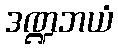
ဒဏ္ဍဘယံ